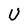
Character: U